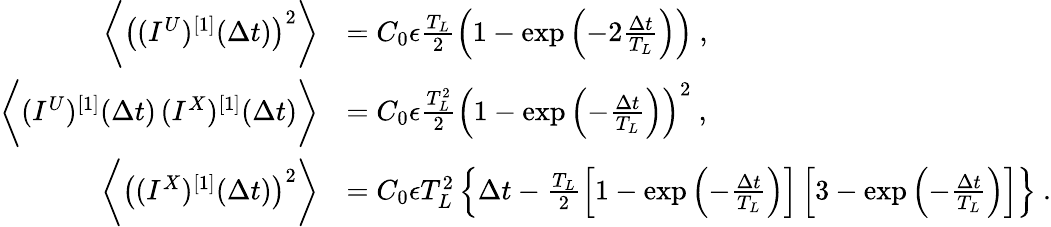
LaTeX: \begin{array}{rl}{\bigg\langle\left((I^{U})^{[1]}(\Delta t)\right)^{2}\bigg\rangle}&{=C_{0}\epsilon\frac{T_{L}}{2}\left(1-\exp\left(-2\frac{\Delta t}{T_{L}}\right)\right)~,}\\ {\bigg\langle(I^{U})^{[1]}(\Delta t)\, (I^{X})^{[1]}(\Delta t)\bigg\rangle}&{=C_{0}\epsilon\frac{T_{L}^{2}}{2}\left(1-\exp\left(-\frac{\Delta t}{T_{L}}\right)\right)^{2}~,}\\ {\bigg\langle\left((I^{X})^{[1]}(\Delta t)\right)^{2}\bigg\rangle}&{=C_{0}\epsilon T_{L}^{2}\left\{ \Delta t-\frac{T_{L}}{2}\left[1-\exp\left(-\frac{\Delta t}{T_{L}}\right)\right]\left[3-\exp\left(-\frac{\Delta t}{T_{L}}\right)\right]\right\} ~.}\end{array}